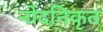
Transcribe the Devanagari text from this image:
नोंदनिकृत